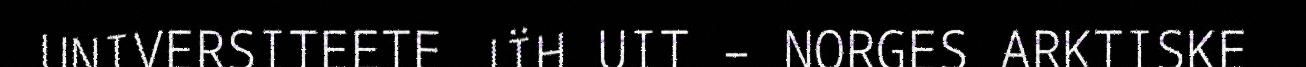
UNIVERSITEETE JÏH UIT – NORGES ARKTISKE